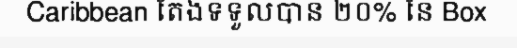
Caribbean តែងទទួលបាន ២០% នៃ Box